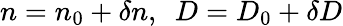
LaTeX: n=n_{0}+\delta n,\, \, \, D=D_{0}+\delta D